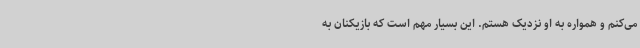
می‌کنم و همواره به او نزدیک هستم. این بسیار مهم است که بازیکنان به